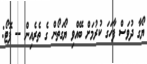
ޔޯގާ ދުވަސް ފާހަގަ ކުރުމަށް ބޭއްވި ޔޯގަތޯން ގެ ތެރެއިން -- ފޮޓޯ: